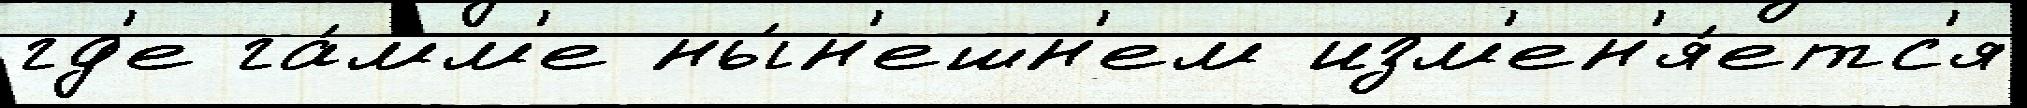
гд'е га́мм'е ны́н'ешн'ем изм'ен'я́етс'я